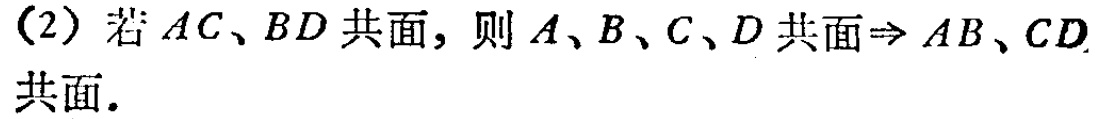
(2) 若 \(AC、BD\) 共面，则 \(A、B、C、D\) 共面\(\Rightarrow AB、CD\) 共面.